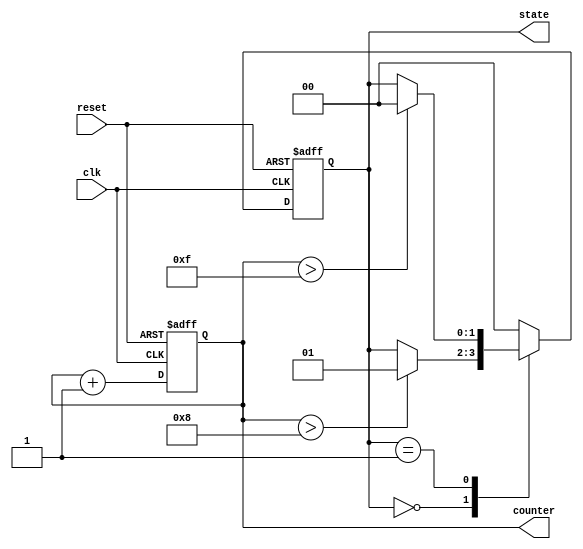
module initialization_block_example(
    input wire clk,
    input wire reset,
    output reg [3:0] counter,
    output reg [1:0] state
);

// Define parameter for states
parameter IDLE = 2'b00;
parameter RUN = 2'b01;

// Initialization Block
initial begin
    // Initialize the counter to zero
    counter = 4'b0000;
    
    // Initialize the state to IDLE
    state = IDLE;
end

// Sequential logic for counter and state
always @(posedge clk or posedge reset) begin
    if (reset) begin
        // On reset, reinitialize variables
        counter <= 4'b0000;  // Reset counter to zero
        state <= IDLE;       // Reset state to IDLE
    end else begin
        // Normal operation
        // Increment counter
        counter <= counter + 1;

        // Simple state machine logic
        case (state)
            IDLE: begin
                if (counter > 4'b1000)    // Some condition to go to RUN state
                    state <= RUN;
            end
            RUN: begin
                if (counter > 4'b1111)    // Condition to go back to IDLE state
                    state <= IDLE;
            end
            default: state <= IDLE;      // Default case to prevent latching
        endcase
    end
end

endmodule